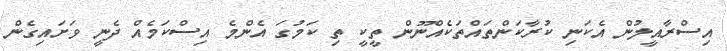
އިސްރާއީލުން އެކަނި ކުރާކަންތައްތަކެއްނޫން ތީކީ ތި ކަމުގަ އެންމެ އިސްކަމެއް ދެނީ ވަށައިގެން